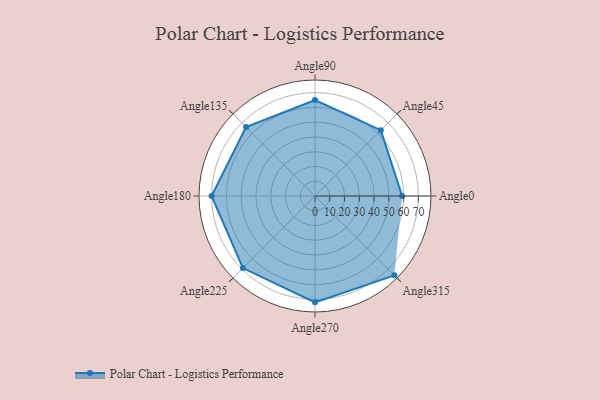
{"axis": {"x": "Angle", "y": "Radius"}, "legend": [""], "data": [{"x": "Angle0", "y": 59.0, "type": ""}, {"x": "Angle45", "y": 63.0, "type": ""}, {"x": "Angle90", "y": 65.0, "type": ""}, {"x": "Angle135", "y": 66.0, "type": ""}, {"x": "Angle180", "y": 70.0, "type": ""}, {"x": "Angle225", "y": 69.0, "type": ""}, {"x": "Angle270", "y": 72.0, "type": ""}, {"x": "Angle315", "y": 76.0, "type": ""}]}